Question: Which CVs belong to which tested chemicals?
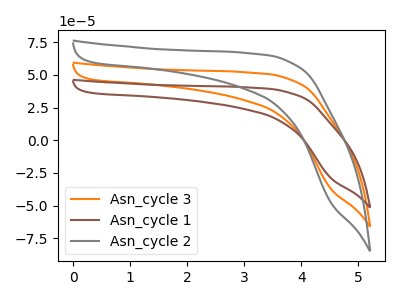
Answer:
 <answer>The orange curve is labeled "Asn_cycle 3". The brown curve is labeled "Asn_cycle 1". The gray curve is labeled "Asn_cycle 2".</answer>
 <eval></eval>